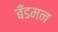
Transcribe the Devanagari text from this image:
बँडमन